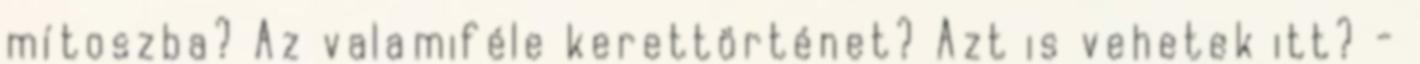
mítoszba? Az valamiféle kerettörténet? Azt is vehetek itt? -